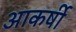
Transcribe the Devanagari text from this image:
आकर्षी